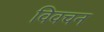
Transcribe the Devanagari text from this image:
विवचन